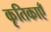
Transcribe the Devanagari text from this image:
कृतिकाएँ